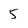
Character: 5